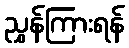
ညွှန်ကြားရန်